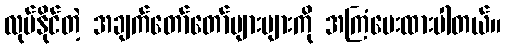
လုပ်နိုင်တဲ့ အချက်တော်တော်များများကို အကြံပေးထားပါတယ်။